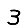
Digit: 3